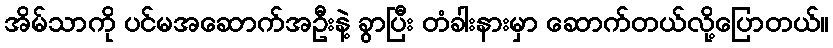
အိမ်သာကို ပင်မအဆောက်အဦးနဲ့ ခွာပြီး တံခါးနားမှာ ဆောက်တယ်လို့ပြောတယ်။